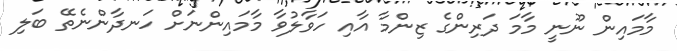
މާމައިން ނޫނީ މާމަ ދަރިންގެ ޒިންމާ އާއި ހަވާލުވާ މާމައިންނަށް ހަނދާންނެތޭ ބަލި